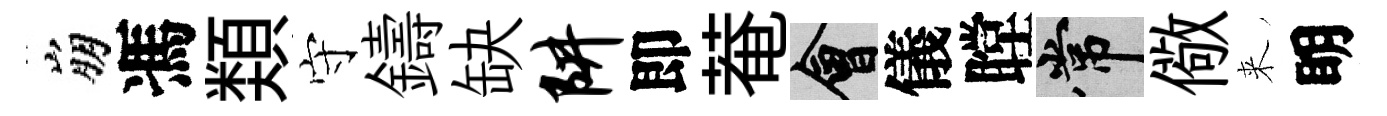
崩馮𩔖守鑄缺阱即菴會儀瞠常儆来眀